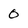
Character: 0